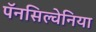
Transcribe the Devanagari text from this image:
पॅनसिल्वेनिया